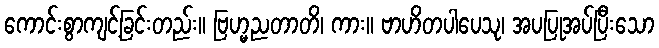
ကောင်းစွာကျင့်ခြင်းတည်း။ ဗြဟ္မညတာတိ၊ ကား။ ဗာဟိတပါပေသု၊ အပပြုအပ်ပြီးသော